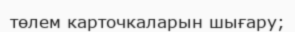
төлем карточкаларын шығару;